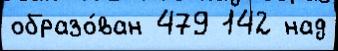
образо́ван 479 142 над